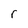
Character: r